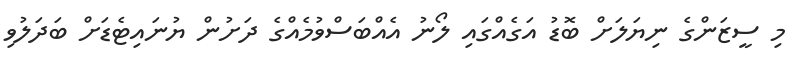
މި ސީޒަންގެ ނިޔަލަށް ބޮޑު އަގެއްގައި ލޯނު އެއްބަސްވުމެއްގެ ދަށުން ޔުނައިޓެޑަށް ބަދަލުވި